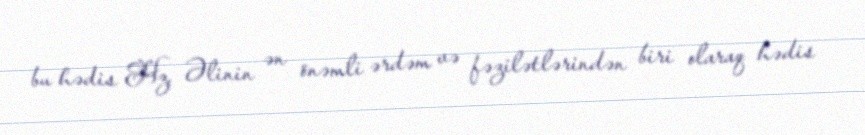
bu hədis Hz. Əlinin ən önəmli ərdəm və fəzilətlərindən biri olaraq hədis